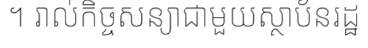
។ រាល់កិច្ចសន្យាជាមួយស្ថាប័នរដ្ឋ